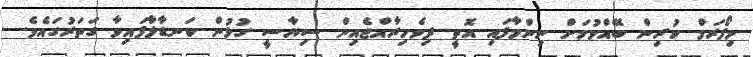
މިފޯރަމް ކުރިން ބޭއްވުމަށް ނިންމާފައި އޮތީ ދިވެހިރާއްޖެއިން ސިޔާސީ ގުޅުން ކަނޑާލާފައިވާ ގަތަރުގައެވެ.